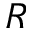
R